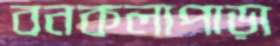
বনকলাপাড়া